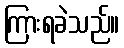
ကြားရခဲသည်။